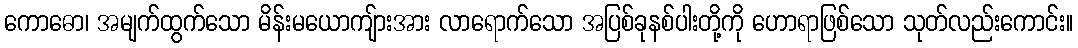
ကောဓော၊ အမျက်ထွက်သော မိန်းမယောကျ်ားအား လာရောက်သော အပြစ်ခုနစ်ပါးတို့ကို ဟောရာဖြစ်သော သုတ်လည်းကောင်း။